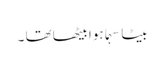
بیٹا سہما ہوا بیٹھا تھا ۔